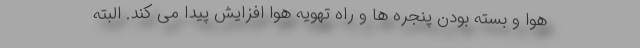
هوا و بسته بودن پنجره ها و راه تهویه هوا افزایش پیدا می کند. البته